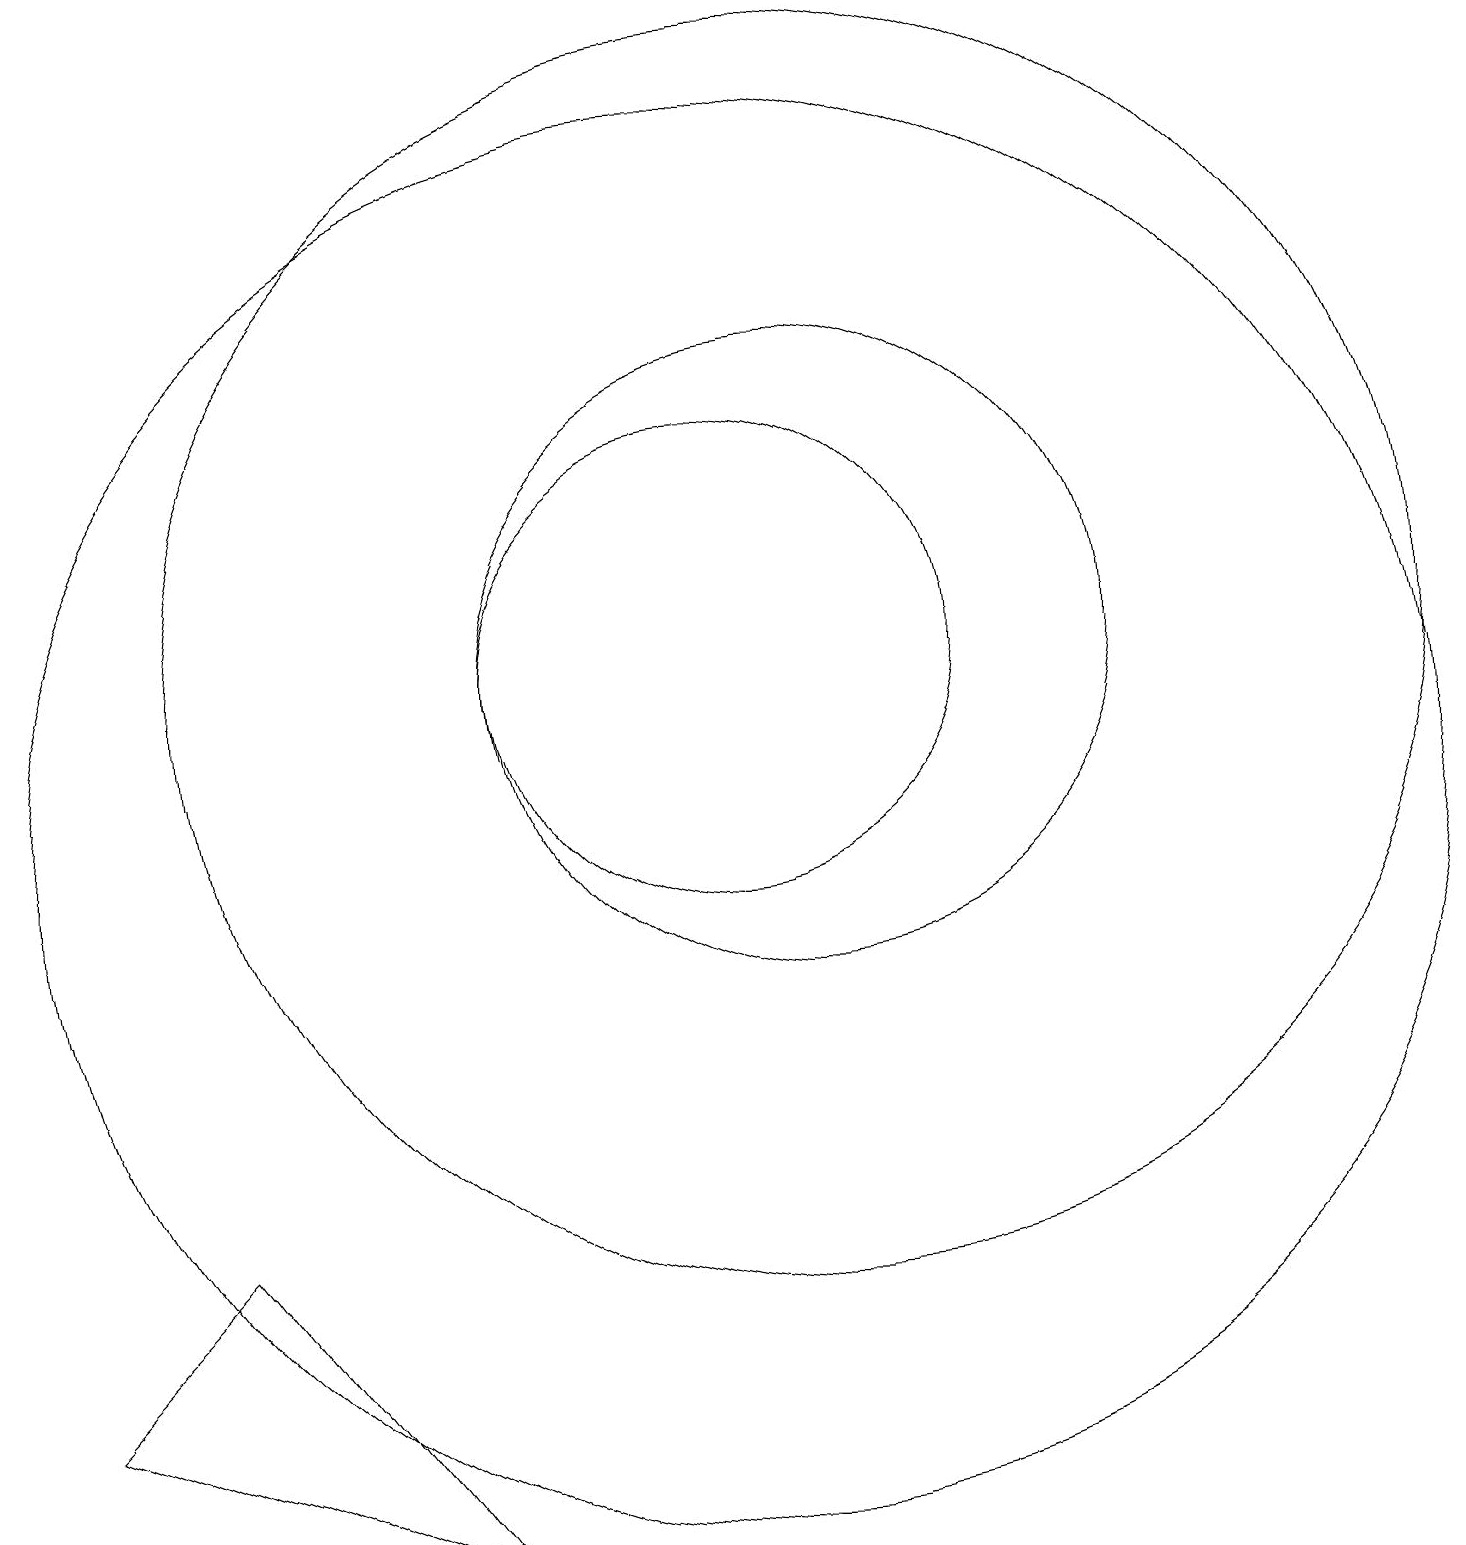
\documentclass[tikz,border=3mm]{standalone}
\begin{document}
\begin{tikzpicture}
\draw (4,5) -- (7,1) -- (2,3) -- cycle;
\draw (12,12) circle (8);
\draw (11,10) circle (9);
\draw (11,12) circle (3);
\draw (12,12) circle (4);
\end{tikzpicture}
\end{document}